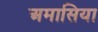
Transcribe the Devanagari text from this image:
अमासिया